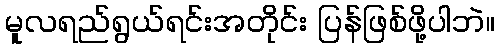
မူလရည်ရွယ်ရင်းအတိုင်း ပြန်ဖြစ်ဖို့ပါဘဲ။